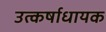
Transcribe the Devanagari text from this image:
उत्कर्षाधायक